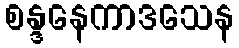
စန္ဒနေကာဒသေန